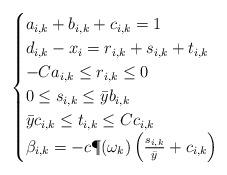
LaTeX: \begin{align*}\begin{cases}a_{i,k}+b_{i,k}+c_{i,k} = 1\\d_{i,k}-x_i = r_{i,k}+s_{i,k}+t_{i,k}\\-Ca_{i,k} \leq r_{i,k}\leq 0 \\0 \leq s_{i,k} \leq \bar{y}b_{i,k} \\\bar{y}c_{i,k} \leq t_{i,k}\leq Cc_{i,k} \\\beta_{i,k} = -c\P(\omega_k)\left(\frac{s_{i,k}}{\bar{y}} + c_{i,k}\right)\end{cases}\end{align*}